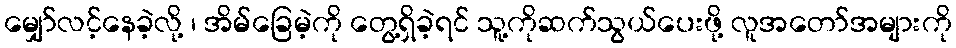
မျှော်လင့်နေခဲ့လို့ ၊ အိမ်ခြေမဲ့ကို တွေ့ရှိခဲ့ရင် သူ့ကိုဆက်သွယ်ပေးဖို့ လူအတော်အများကို